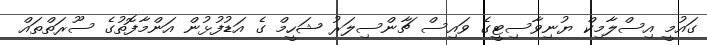
ގައުމީ އިސްލާމިކް ޔުނިވާސިޓީގެ ވައިސް ޗާންސިލަރު ޝަހީމް ގެ އަޑުފުޅުން އަންމާފޮތުގެ ސޫރަތްތައް